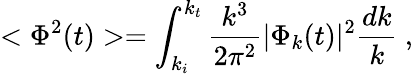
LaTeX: <\Phi^{2}(t)>=\int_{k_{i}}^{k_{t}}\frac{k^{3}}{2\pi^{2}}|\Phi_{k}(t)|^{2}\frac{dk}{k}~,